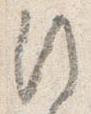
行